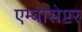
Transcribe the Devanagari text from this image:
एम्बोसेप्टर